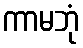
ကာမဘုံ